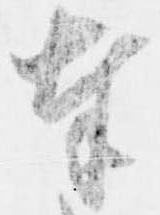
奉